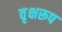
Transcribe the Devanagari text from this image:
वृक्षरूप